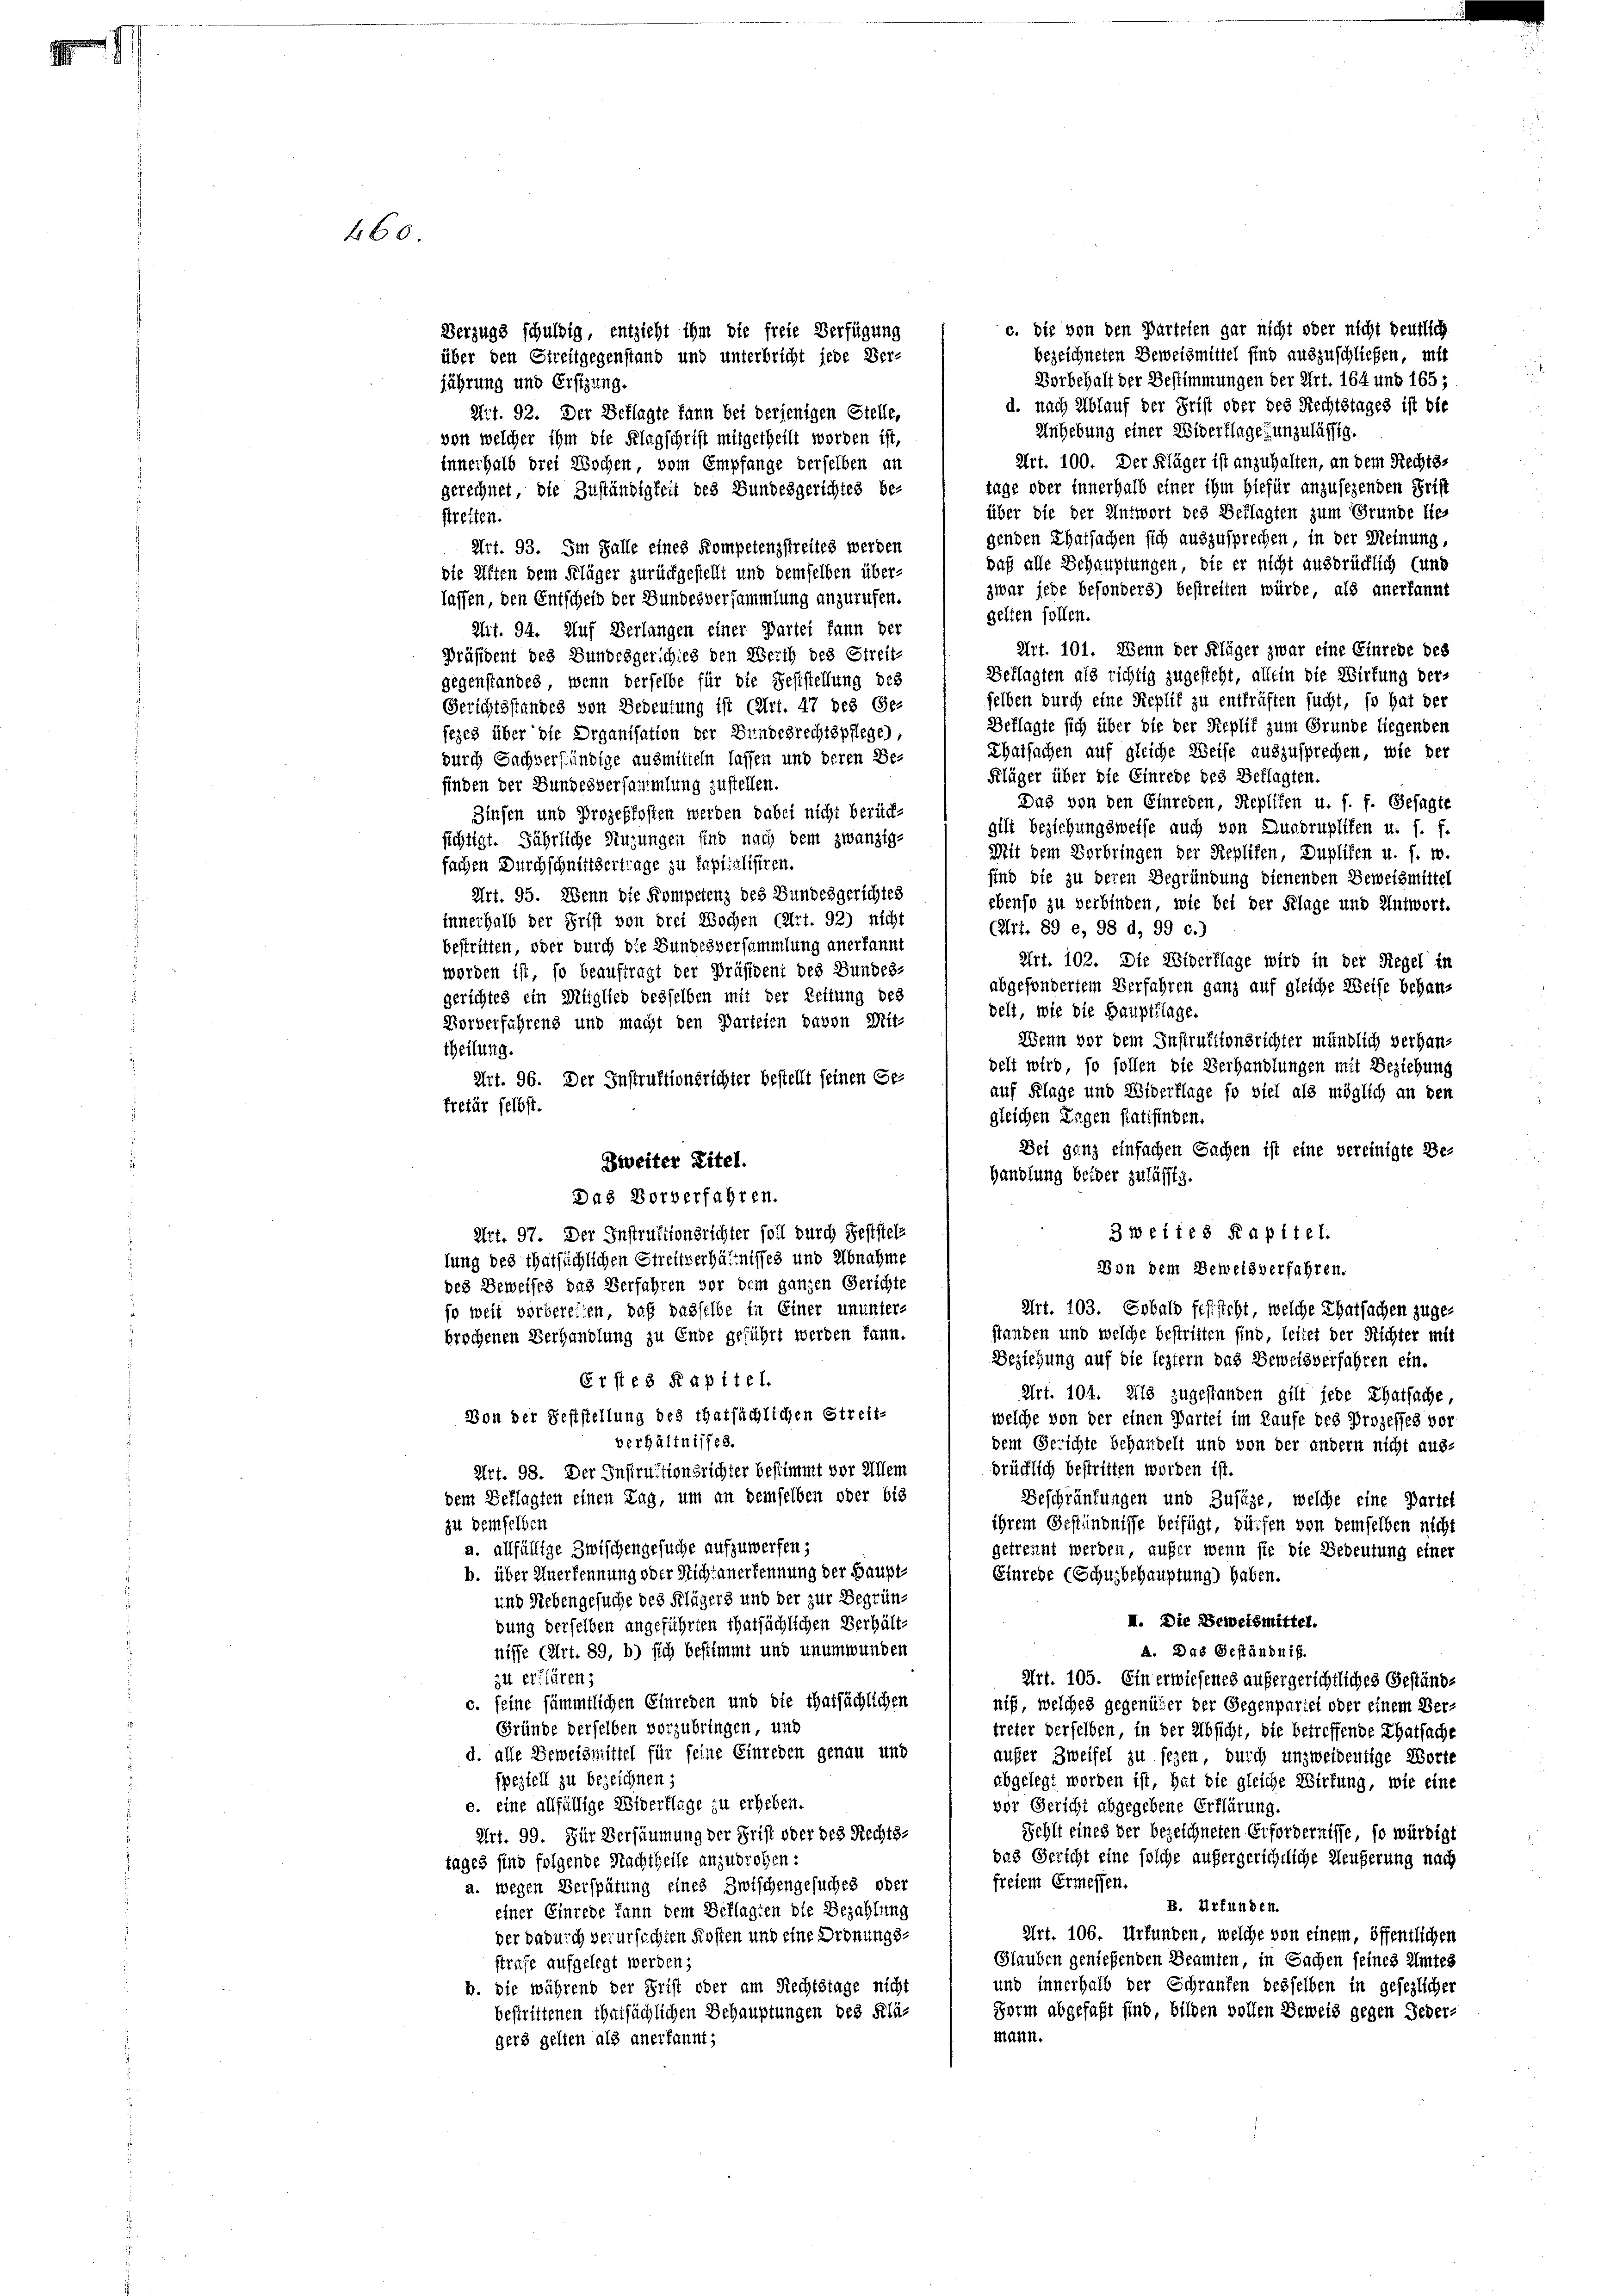
460

c. die von den Parteien gar nicht oder nicht deutlich
bezeichneten Beweismittel sind auszuschließen, mit
Dorbehalt der Bestimmungen der Art. 164 und 165;
jährung und Erstzung.
d. nach Ablauf der Frist oder des Rechtstages ist die
Art. 92. Der Beklagte kann bei derjenigen Stelle,
Anhebung einer Widerflage, unzulässig.
von welcher ihm die Klagschrift mitgetheilt worden ist,
Art. 100. Der Kläger ist anzuhalten, an dem Rechts-
innerhalb drei Wochen, vom Empfange derselben an
tage oder innerhalb einer ihm hiefür anzusehenden Frist
gerechnet, die Zuständigkeit des Bundesgerichtes be-
über die der Antwort des Beklagten zum Grunde lie-
streiten.
genden Thatsachen sich auszusprechen, in der Meinung,
Art. 93. Im Falle eines Kompetenzstreites werden
daß alle Behauptungen, die er nicht ausbrücklich (und
die Alten dem Kläger zurückgestellt und demselben über-
zwar jede besonders) bestreiten würde, als anerkannt
lassen, den Entscheid der Bundesversammlung anzurufen.
gelten sollen.
Art. 94. Auf Verlangen einer Partei kann der
Art. 101. Wenn der Kläger zwar eine Einrede des
Präsident des Bundeigerschied den Werth des Streit-
Beklagten als richtig zugesteht, allein die Wirkung der-
gegenstandes, wenn derselbe für die Sesstellung des
selben durch eine Replit zu entkräften sucht, so hat der
Gerichtsstandes von Bedeutung ist (Art. 47 des Ge-
Beklagte sich über die der Replif zum Grunde liegenden
fezes über die Organisation der Bundesrechtspflege
Thatsachen auf gleiche Weise auszusprechen, wie der
durch Sachversündige ausmitteln lassen und deren Be-
Kläger über die Einrede des Beklagten.
finden der Bundesversammlung zustellen.
Dus von den Einreden, Repliten u. s. f. Gesagte
Zinsen und Prozeßkosten werden dabei nicht berück-
gilt beziehungsweise auch von Zugbrupliken u. s. f.
sichtigt. Jährliche Nutzungen sind nach dem zwanzig-
Mit dem Verbringen der Replifen, Dupliken u. s. w.
fachen Durchschnittsertrage zu taptialisiren.
sind die zu deren Begründung dienenden Beweismittel
Art. 95. Wenn die Kompetenz des Bundesgerichtes
ebenso zu verbinden, wie bei der Klage und Antwort.
innerhalb der Frist von drei Wochen (Art. 92) nicht
(Art. 89 e, 98 d, 99 c.)
bestritten, oder durch die Bundesversammlung anerkannt
Art. 102. Die Widerflage wird in der Regel in
worden ist, so beauftragt der Präsident des Bundes-
abgesondertem Verfahren ganz auf gleiche Weise behangerichtes ein Mitglied desselben mit der Zeitung des
delt, wie die Hauptlage.
Vorverfahrens und macht den Parteien davon Mit-
Wenn vor dem Instruktionsrichter mündlich verhantheilung.
delt wird, so sollen die Verhandlungen mit Beziehung
Art. 96. Der Instruktionsrichter bestellt seinen Ge-
auf Klage und Widerflage so viel als möglich an den
frefür selbst.
gleichen Engen stattfinden.
Dei ganz einfachen Sachen ist eine vereinigte Be-
Zweiter Titel.
handlung beider zulässig.
Das Vorverfahren.
3 weites Kapitel.
Art. 97. Der Instruktionsrichter soll durch Feststellung des thatsächlichen Streitverhältnisses und Abnahme
Von dem Beweisverfahren.
des Beweises das Verfahren vor dem ganzen Gerichte
Art. 103. Sobald feststeht, welche Thatsachen zuge-
so weit vorbereiten, daß dasselbe in Einer ununter-
standen und welche bestritten sind, lettet der Richter mit
brochenen Verhandlung zu Ende geführt werden kann.
Beziehung auf die leztern das Beweisverfahren ein.
Erste 8 Kapitel.
Art. 104. Als zugestanden gilt jede Thatsache,
Von der Feststellung des thatsächlichen Streit-
welche von der einen Partei im Laufe des Prozesses vor
verhältnisses.
dem Gerichte behandelt und von der andern nicht aus-
brücklich bestritten worden ist.
Art. 98. Der Instructionsrichter bestimmt vor Allem
dem Beklagten einen Tag, um an demselben oder bis
Beschränkungen und Zusätze, welche eine Partel
ihrem Geständnisse beifügt, dürfen von demselben nicht
zu demselben
a. allfällige Zwischengesuche aufzuwerfen;
getrennt werden, aufer wenn sie die Bedeutung einer
b. über Anerkennung oder Nicht anerkennung der Haupt¬
Einrede (Schulbehauptung) haben.
und Liebengesuche des Klägers und der zur Begrün¬
II. Die Beweismittel.
dung derselben angeführten Thatsächlichen Verhält-
A. Das Geständnis.
nisse (Art. 89, b) sich bestimmt und unumwunden
zu erklären;
Art. 105. Ein erwiesenes aufer gerichtliches Geständc. seine sämmtlichen Einreden und die thatsächlichen
niß, welches gegenüber der Gegenpartei oder einem Ver-
Gründe derselben vorzubringen, und
treter derselben, in der Absicht, die betreffende Thatsache
d. alle Beweismittel für feine Einreden genau und
aufer Zweifel zu seyen, durch unzweideutige Worte
speziell zu bezeichnen;
abgelegt worden ist, hat die gleiche Wirkung, wie eine
e. eine allfällige Widerflage zu erheben.
vor Gericht abgegebene Erklärung.
Schli eines der bezeichneten Erfordernisse, so würdigt
Art. 99. Für Versäumung der Frist oder des Rechts-
das Gericht eine solche aufer gerichtliche Heußerung nach
tages sind folgende Nachtheile anzuprogen:
freiem Ermessen.
a. wegen Verspätung eines Zwischengesuches oder
B. Urfünden.
einer Einrede dann dem Beklagten die Bezahlung
Art. 106. Urfunden, welche von einem, öffentlichen
der dadurch verursachten Kosten und eine Ordnungs-
Glauben genießenden Beamten, in Sachen seines Amtes
strafe aufgelegt werden;
und innerhalb der Schranken desselben in gesezlicher
b. die während der Frist oder am Rechtstage nicht
Form abgefaßt sind, bilden vollen Beweis gegen Jeder-
bestrittenen Thatsächlichen Behauptungen des Klämann.
gers gelten als anerkannt;

Verzugs schuldig, entzieht ihm die freie Verfügung
über den Streitgegenstand und unterbricht jede Ver-